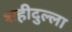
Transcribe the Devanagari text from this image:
शहीदुल्ला